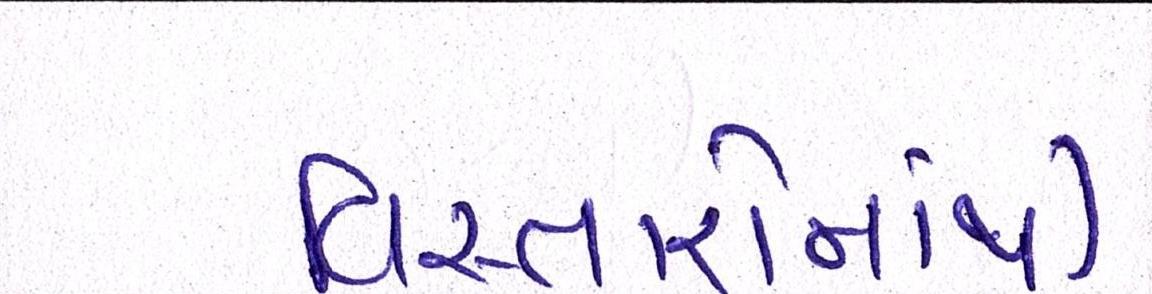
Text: વિસ્તારોમાંથી